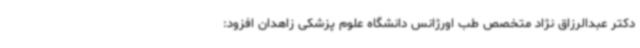
دکتر عبدالرزاق نژاد متخصص طب اورژانس دانشگاه علوم پزشکی زاهدان افزود: